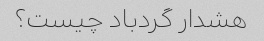
هشدار گردباد چیست؟